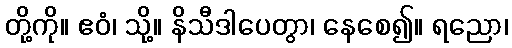
တို့ကို။ ဧဝံ၊ သို့။ နိသီဒါပေတွာ၊ နေစေ၍။ ရညော၊